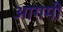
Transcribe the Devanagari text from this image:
आगमी